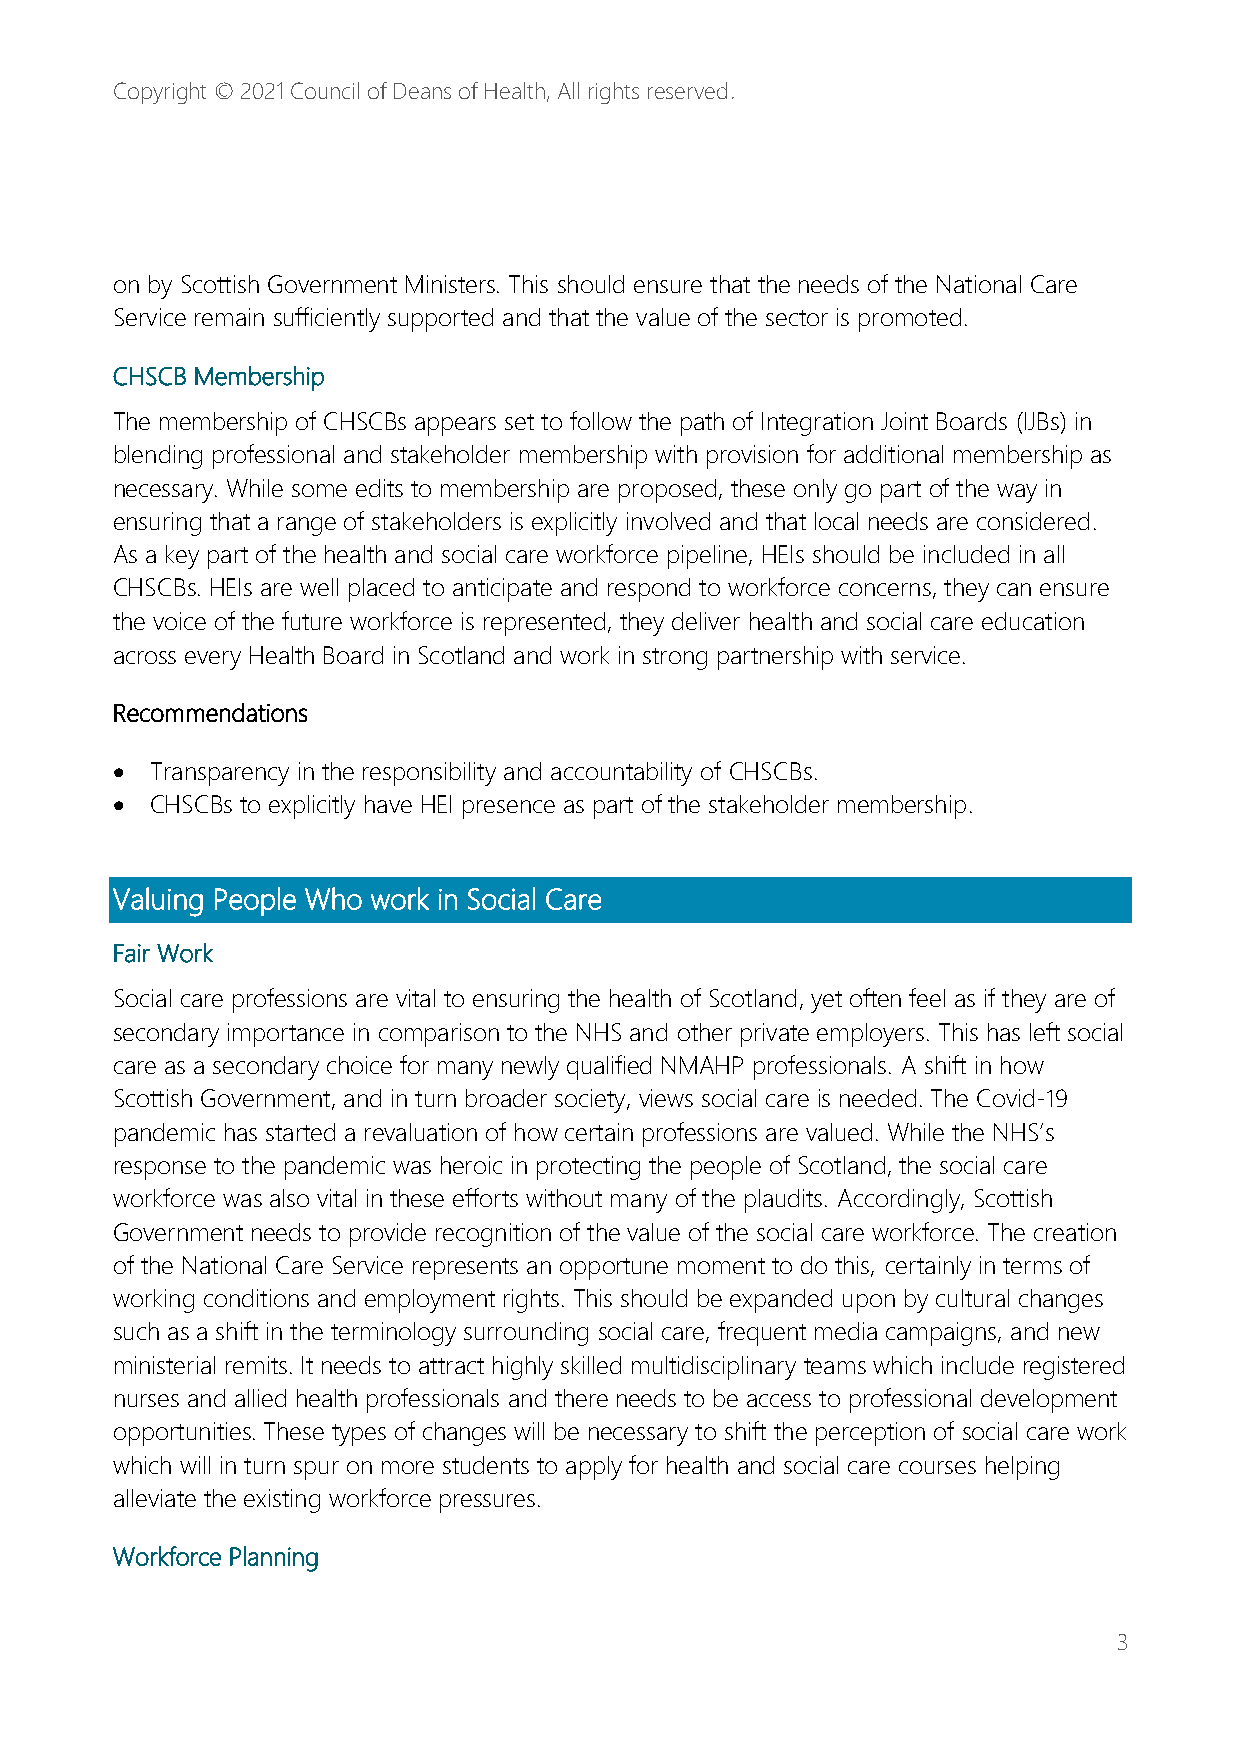
Copyright © 2021 Council of Deans of Health, All rights reserved.
 on by Scottish Government Ministers. This should ensure that the needs of the National Care
 Service remain sufficiently supported and that the value of the sector is promoted.
 CHSCB Membership
 The membership of CHSCBs appears set to follow the path of Integration Joint Boards (IJBs) in
 blending professional and stakeholder membership with provision for additional membership as
 necessary. While some edits to membership are proposed, these only go part of the way in
 ensuring that a range of stakeholders is explicitly involved and that local needs are considered.
 As a key part of the health and social care workforce pipeline, HEIs should be included in all
 CHSCBs. HEIs are well placed to anticipate and respond to workforce concerns, they can ensure
 the voice of the future workforce is represented, they deliver health and social care education
 across every Health Board in Scotland and work in strong partnership with service.
 Recommendations
 •  Transparency in the responsibility and accountability of CHSCBs.
 •  CHSCBs to explicitly have HEI presence as part of the stakeholder membership.
 Valuing People Who work in Social Care
 Fair Work
 Social care professions are vital to ensuring the health of Scotland, yet often feel as if they are of
 secondary importance in comparison to the NHS and other private employers. This has left social
 care as a secondary choice for many newly qualified NMAHP professionals. A shift in how
 Scottish Government, and in turn broader society, views social care is needed. The Covid-19
 pandemic has started a revaluation of how certain professions are valued. While the NHS’s
 response to the pandemic was heroic in protecting the people of Scotland, the social care
 workforce was also vital in these efforts without many of the plaudits. Accordingly, Scottish
 Government needs to provide recognition of the value of the social care workforce. The creation
 of the National Care Service represents an opportune moment to do this, certainly in terms of
 working conditions and employment rights. This should be expanded upon by cultural changes
 such as a shift in the terminology surrounding social care, frequent media campaigns, and new
 ministerial remits. It needs to attract highly skilled multidisciplinary teams which include registered
 nurses and allied health professionals and there needs to be access to professional development
 opportunities. These types of changes will be necessary to shift the perception of social care work
 which will in turn spur on more students to apply for health and social care courses helping
 alleviate the existing workforce pressures.
 Workforce Planning
 3